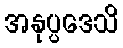
အနုပ္ပဒေသိ